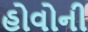
હોવોની